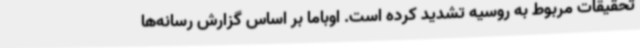
تحقیقات مربوط به روسیه تشدید کرده است. اوباما بر اساس گزارش رسانه‌ها